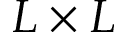
L \times L